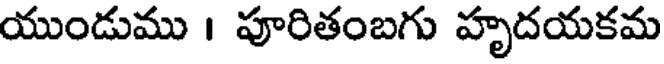
యుండుము । పూరితంబగు హృదయకమ